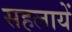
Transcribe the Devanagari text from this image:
सहलायें